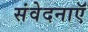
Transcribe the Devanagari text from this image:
संवेदनाऍं